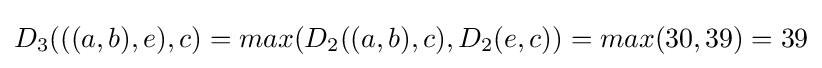
D_{3}(((a,b),e),c)=max(D_{2}((a,b),c),D_{2}(e,c))=max(30,39)=39